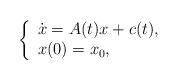
LaTeX: \begin{align*} \left\{ \begin{array}{l} \dot x = A(t) x + c(t),\\ x(0)=x_0, \end{array} \right.\end{align*}